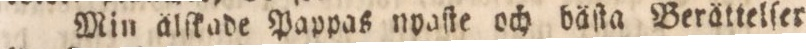
Min älſkade Pappas nyaſte och bäſta Berättelſer